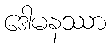
ဒေါမနဿာ